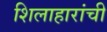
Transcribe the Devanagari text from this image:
शिलाहारांची